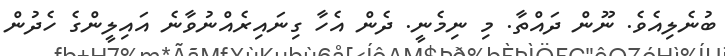
ބުނެލިއެވެ. ނޫން ދައްތާ. މި ނިމެނީ. ދެން އެހާ ގިނައިރެއްނުވާނެ އައިލީންގެ ހެދުން